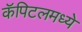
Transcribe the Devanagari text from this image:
कॅपिटलमध्ये